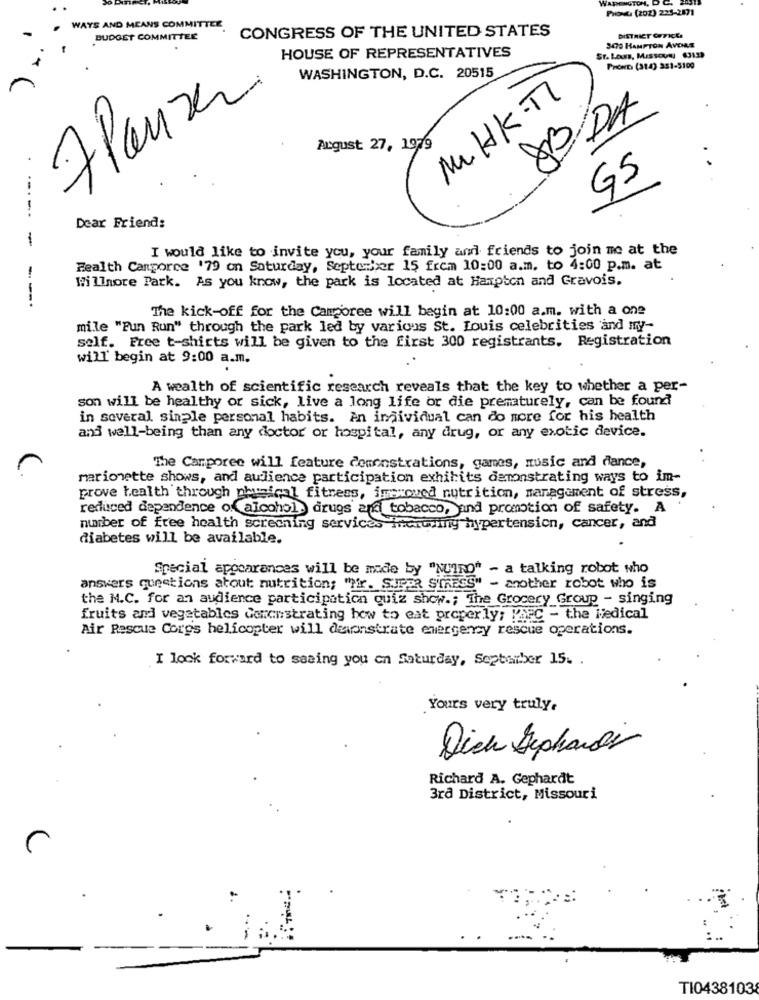
PHONG (202) 225-2871
WAYS AND MEANS COMMITTEE
CONGRESS OF THE UNITED STATES
BUDGET COMMITTEE
DISTRICT OFFICE
3470 HAMPTON AVDIE
HOUSE OF REPRESENTATIVES
Sr. Lous, Missous: 43133
PHONE: (314) 351-5100
WASHINGTON, D.C. 20515
FPaux
MHK.TI
JBDA
August 27, 1979
50
GS
-----
Dear Friend:
-
I would like to invite you, your family and friends to join me at the
Health Canporce '79 on Saturday, September 15 frem 10:00 a.m. to 4:00 p.m. at
Willmore Park. As you know, the park is located at Hampton and Gravois.
----
The kick-off for the Camporee will begin at 10:00 a.m. with a one
mile "Pun Run" through the park led by various St. Louis celebrities and my-
self. Free t-shirts will be given to the first 300 registrants. Registration
will begin at 9:00 a.m.
A wealth of scientific research reveals that the key to whether a per-
son will be healthy or sick, live a long life or die prematurely, can be found
in several single personal habits. An individual can do more for his health
and well-being than any doctor or hospital, any drug, or any exotic device.
The Camporee will feature demonstrations, games, music and dance,
marionette shows, and audience participation exhibits demonstrating ways to im-
prove health through physical fitness, imewowed nutrition, management of stress,
reduced dependence of alcohol. drugs and tobacco, and promotion of safety. A
number of free health screching services incichiny hypertension, cancer, and
diabetes will be available.
Special appearances will be made by "NUTNO" - a talking robot who
answers questions atout nutrition; "Mir. SIPOR STRESS" - another robot who is
the M.C. for an audience participation quiz show .; The Grocery Group - singing
fruits and vegetables Goronstrating how to eat properly; MaFC - the Medical
Air Rescue Corgs helicopter will demonstrate emergency rescue operations.
I look forward to seeing you on Saturday, September 15. .
Yours very truly.
Dich Sephands
Richard A. Gephardt
3rd District, Missouri
TI0438103